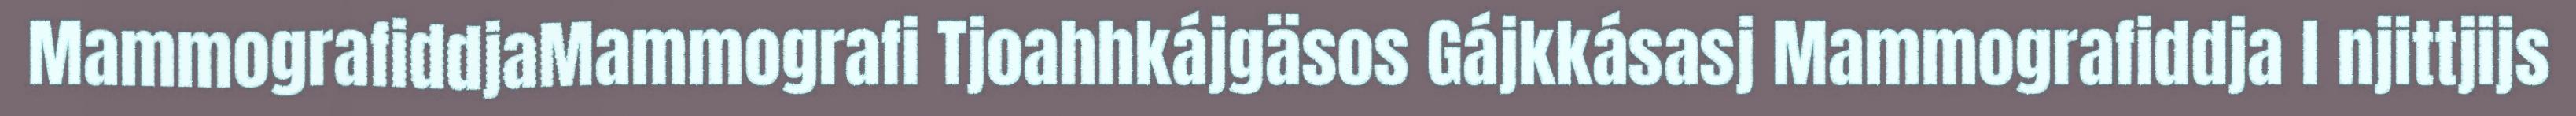
MammografiddjaMammografi Tjoahhkájgäsos Gájkkásasj Mammografiddja l njittjijs